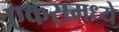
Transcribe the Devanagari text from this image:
एकरामध्ये